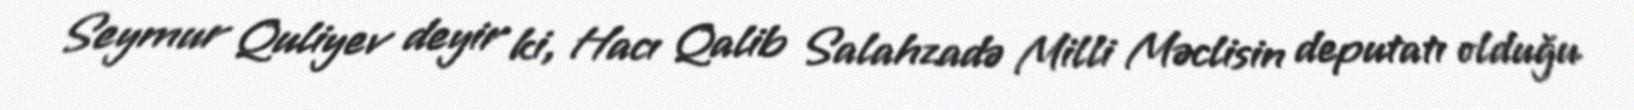
Seymur Quliyev deyir ki, Hacı Qalib Salahzadə Milli Məclisin deputatı olduğu